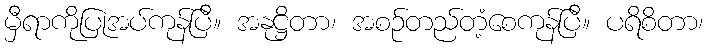
မှီရာကိုပြုအပ်ကုန်ပြီ။ အနုဋ္ဌိတာ၊ အစဉ်တည်တံ့စေကုန်ပြီ။ ပရိစိတာ၊